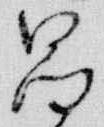
昌